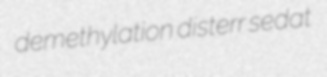
demethylation disterr sedat